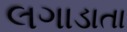
લગાડાતા